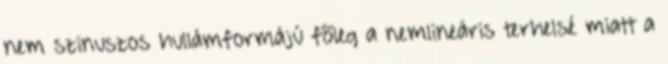
nem szinuszos hullámformájú fõleg a nemlineáris terhelsé miatt a